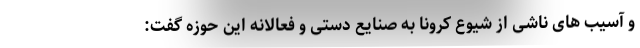
و آسیب های ناشی از شیوع کرونا به صنایع دستی و فعالانه این حوزه گفت: